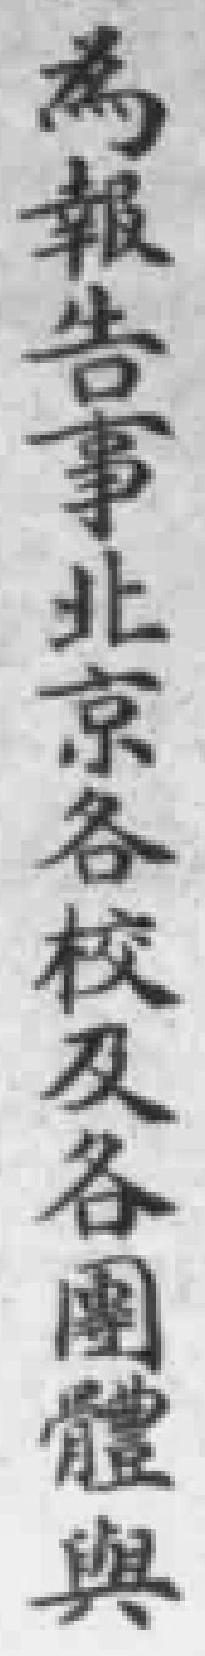
為報告事北京各校及各團體與